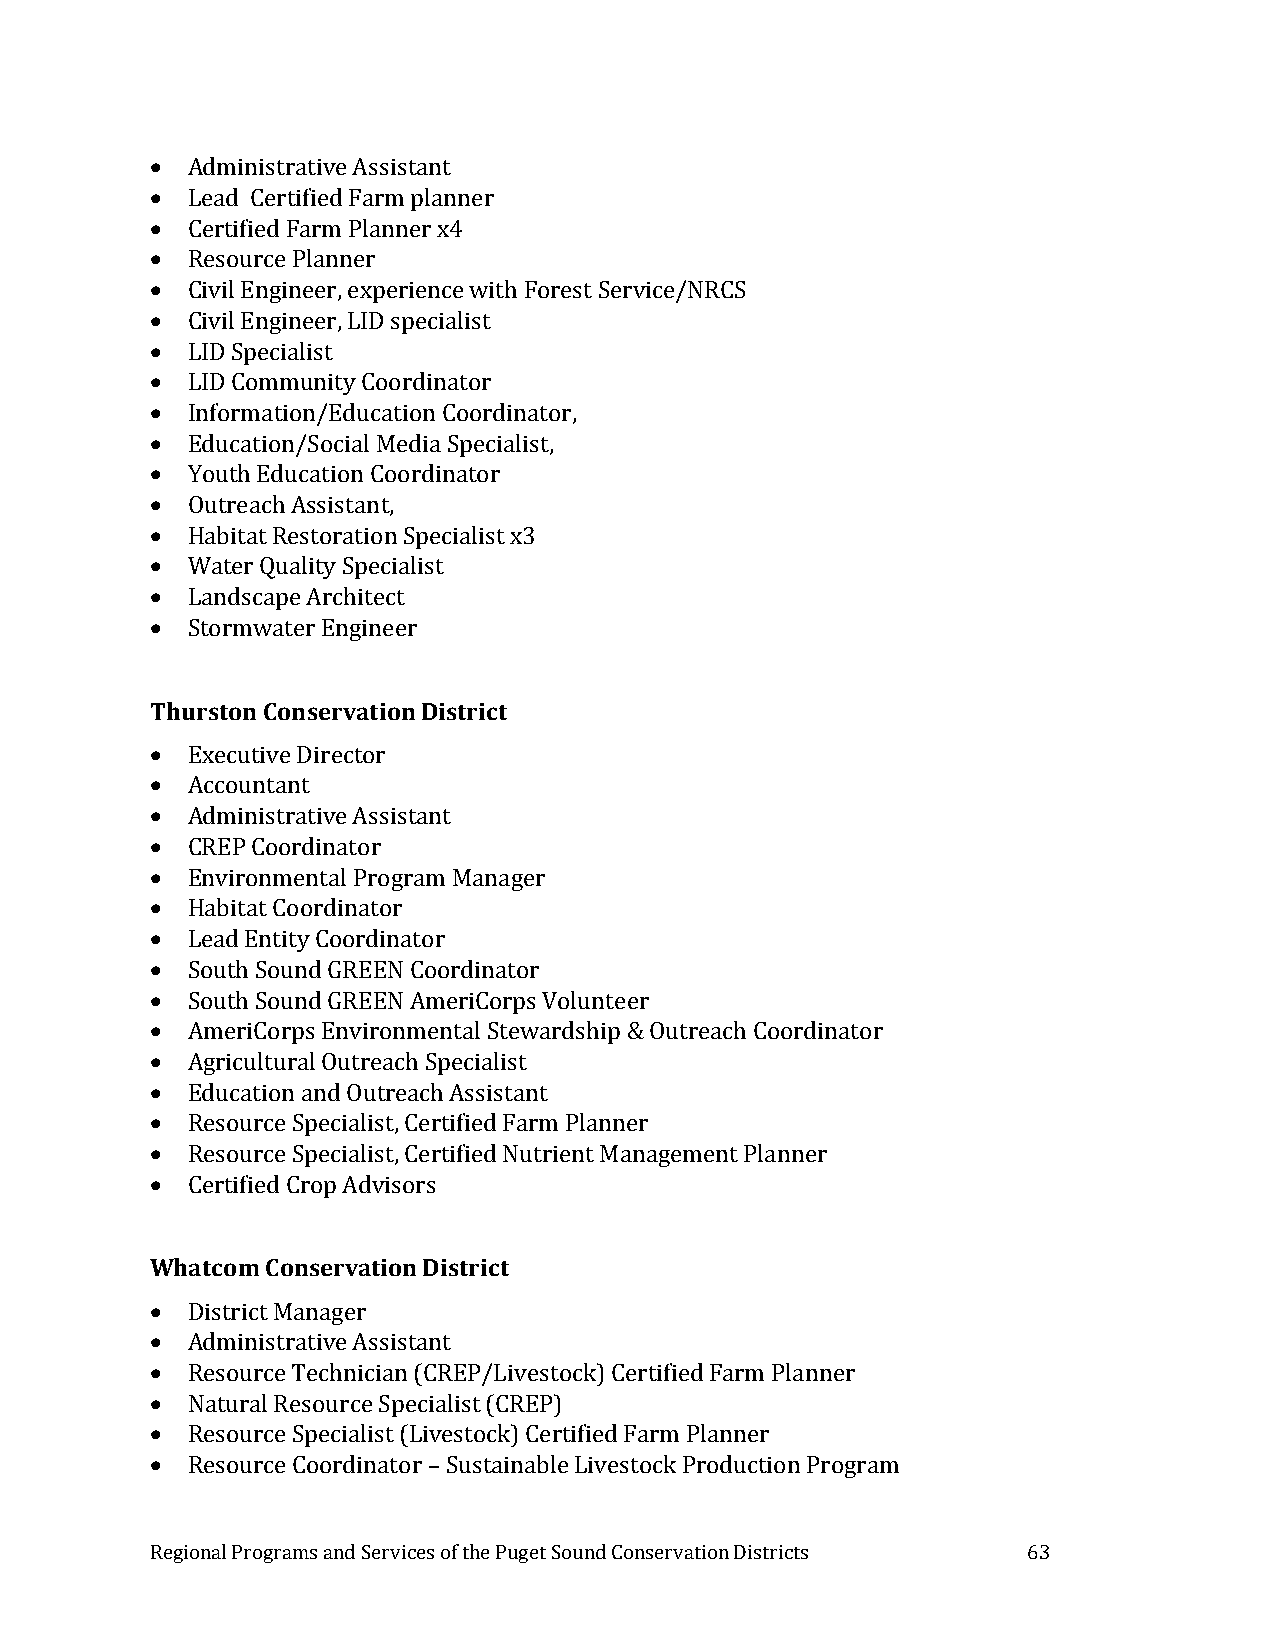
 Administrative Assistant
  Lead Certified Farm planner
  Certified Farm Planner x4
  Resource Planner
  Civil Engineer, experience with Forest Service/NRCS
  Civil Engineer, LID specialist
  LID Specialist
  LID Community Coordinator
  Information/Education Coordinator,
  Education/Social Media Specialist,
  Youth Education Coordinator
  Outreach Assistant,
  Habitat Restoration Specialist x3
  Water Quality Specialist
  Landscape Architect
  Stormwater Engineer
 Thurston Conservation District
  Executive Director
  Accountant
  Administrative Assistant
  CREP Coordinator
  Environmental Program Manager
  Habitat Coordinator
  Lead Entity Coordinator
  South Sound GREEN Coordinator
  South Sound GREEN AmeriCorps Volunteer
  AmeriCorps Environmental Stewardship & Outreach Coordinator
  Agricultural Outreach Specialist
  Education and Outreach Assistant
  Resource Specialist, Certified Farm Planner
  Resource Specialist, Certified Nutrient Management Planner
  Certified Crop Advisors
 Whatcom Conservation District
  District Manager
  Administrative Assistant
  Resource Technician (CREP/Livestock) Certified Farm Planner
  Natural Resource Specialist (CREP)
  Resource Specialist (Livestock) Certified Farm Planner
  Resource Coordinator – Sustainable Livestock Production Program
 Regional Programs and Services of the Puget Sound Conservation Districts 63